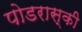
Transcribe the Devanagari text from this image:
पोडरास्की